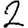
Digit: 2